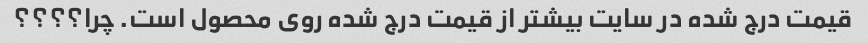
قیمت درج شده در سایت بیشتر از قیمت درج شده روی محصول است. چرا؟؟؟؟